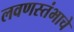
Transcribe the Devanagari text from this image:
लवणस्तंभाचे